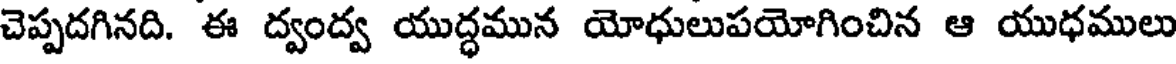
చెప్పదగినది. ఈ ద్వంద్వ యుద్ధమున యోధులుపయోగించిన ఆ యుధములు